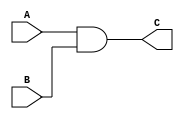
/******************************************************************
* Description
*	This is an AND gate
*	1.0
* Author:
* Samuel Valentin Lopez Valenzuela
******************************************************************/

module And_2_1
(
	input A,
	input B,
	
	output reg C

);

	always@(*) begin
		C = A&B;
	end

endmodule